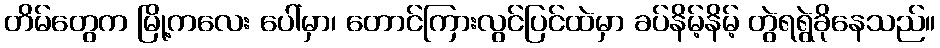
တိမ်တွေက မြို့ကလေး ပေါ်မှာ၊ တောင်ကြားလွင်ပြင်ထဲမှာ ခပ်နိမ့်နိမ့် တွဲရရွဲခိုနေသည်။